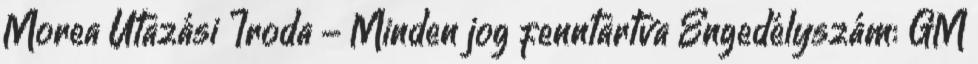
Morea Utazási Iroda - Minden jog fenntartva Engedélyszám: GM